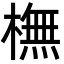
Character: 橅